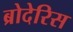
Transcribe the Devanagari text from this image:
ब्रोदेरिस